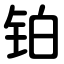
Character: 铂